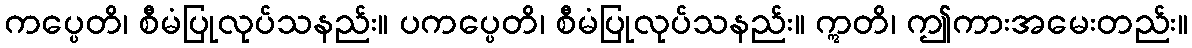
ကပ္ပေတိ၊ စီမံပြုလုပ်သနည်း။ ပကပ္ပေတိ၊ စီမံပြုလုပ်သနည်း။ ဣတိ၊ ဤကားအမေးတည်း။